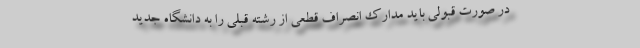
در صورت قبولی باید مدارک انصراف قطعی از رشته قبلی را به دانشگاه جدید